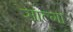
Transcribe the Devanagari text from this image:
साल्गा